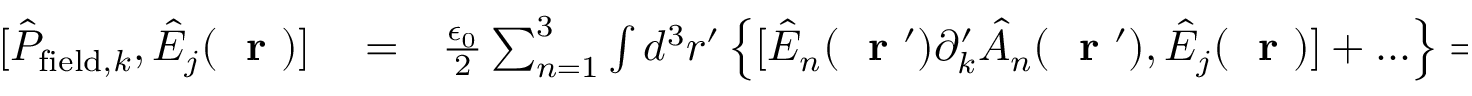
\begin{array} { r l r } { [ \hat { P } _ { \mathrm { f i e l d } , k } , \hat { E } _ { j } ( \mathrm { ~ \bf ~ r ~ } ) ] } & { { } = } & { \frac { \epsilon _ { 0 } } { 2 } \sum _ { n = 1 } ^ { 3 } \int d ^ { 3 } r ^ { \prime } \left\{ [ \hat { E } _ { n } ( \mathrm { ~ \bf ~ r ~ } ^ { \prime } ) \partial _ { k } ^ { \prime } \hat { A } _ { n } ( \mathrm { ~ \bf ~ r ~ } ^ { \prime } ) , \hat { E } _ { j } ( \mathrm { ~ \bf ~ r ~ } ) ] + . . . \right\} = } \end{array}